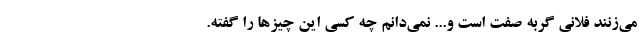
می‌زنند فلانی گربه صفت است و... نمی‌دانم چه کسی این چیزها را گفته.